Triennial report on the lunatic asylums in the province of Eastern Bengal and Assam - 1903-1911
Year: 1903
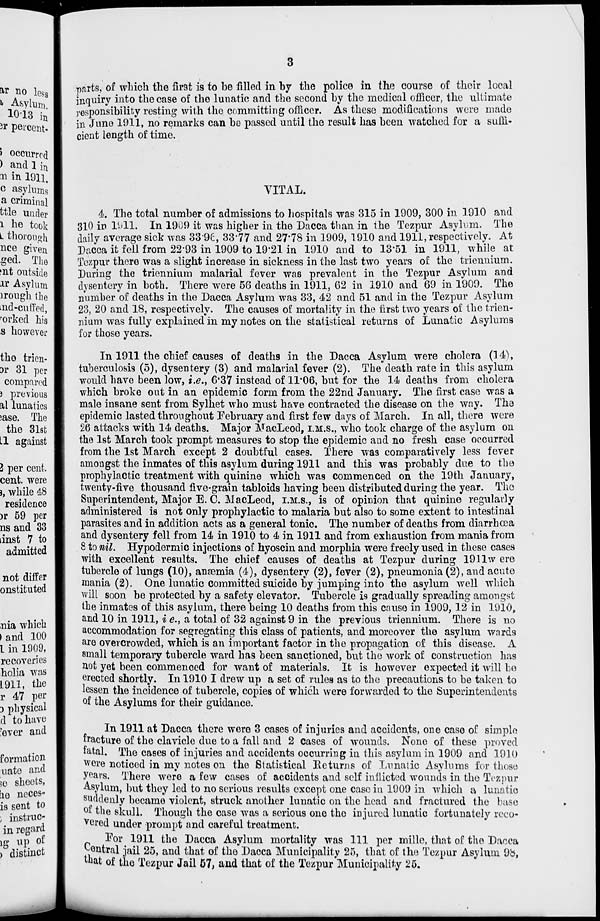
3
parts, of which the first is to be filled in by the police in the course of their local
inquiry into the case of the lunatic and the second by the medical officer, the ultimate
responsibility resting with the committing officer. As these modifications were made
in June 1911, no remarks can be passed until the result has been watched for a suffi-
cient length of time.
VITAL.
4. The total number of admissions to hospitals was 315 in 1909, 300 in 1910 and
310 in 1911. In 1909 it was higher in the Dacca than in the Tezpur Asylum. The
daily average sick was 33.96, 33.77 and 27.78 in 1909, 1910 and 1911, respectively. At
Dacca it fell from 22.93 in 1909 to 19.21 in 1910 and to 13.51 in 1911, while at
Tezpur there was a slight increase in sickness in the last two years of the triennium.
During the triennium malarial fever was prevalent in the Tezpur Asylum and
dysentery in both. There were 56 deaths in 1911, 62 in 1910 and 69 in 1909. The
number of deaths in the Dacca Asylum was 33, 42 and 51 and in the Tezpur Asylum
23, 20 and 18, respectively. The causes of mortality in the first two years of the trien-
nium was fully explained in my notes on the statistical returns of Lunatic Asylums
for those years.
In 1911 the chief causes of deaths in the Dacca Asylum were cholera (14),
tuberculosis (5), dysentery (3) and malarial fever (2). The death rate in this asylum
would have been low, i.e., 6.37 instead of 11.06, but for the 14 deaths from cholera
which broke out in an epidemic form from the 22nd January. The first case was a
male insane sent from Sylhet who must have contracted the disease on the way. The
epidemic lasted throughout February and first few days of March. In all, there were
26 attacks with 14 deaths. Major MacLeod, I.M.S., who took charge of the asylum on
the 1st March took prompt measures to stop the epidemic and no fresh case occurred
from the 1st March except 2 doubtful cases. There was comparatively less fever
amongst the inmates of this asylum during 1911 and this was probably due to the
prophylactic treatment with quinine which was commenced on the 19th January,
twenty-five thousand five-grain tabloids having been distributed during the year. The
Superintendent, Major E. C. MacLeod, I.M.S., is of opinion that quinine regularly
administered is not only prophylactic to malaria but also to some extent to intestinal
parasites and in addition acts as a general tonic. The number of deaths from diarrhœa
and dysentery fell from 14 in 1910 to 4 in 1911 and from exhaustion from mania from
8 to nil. Hypodermic injections of hyoscin and morphia were freely used in these cases
with excellent results. The chief causes of deaths at Tezpur during 1911 were
tubercle of lungs (10), anæmia (4), dysentery (2), fever (2), pneumonia (2), and acute
mania (2). One lunatic committed suicide by jumping into the asylum well which
will soon be protected by a safety elevator. Tubercle is gradually spreading amongst
the inmates of this asylum, there being 10 deaths from this cause in 1909, 12 in 1910,
and 10 in 1911, i e., a total of 32 against 9 in the previous triennium. There is no
accommodation for segregating this class of patients, and moreover the asylum wards
are overcrowded, which is an important factor in the propagation of this disease. A
small temporary tubercle ward has been sanctioned, but the work of construction has
not yet been commenced for want of materials. It is however expected it will be
erected shortly. In 1910 I drew up a set of rules as to the precautions to be taken to
lessen the incidence of tubercle, copies of which were forwarded to the Superintendents
of the Asylums for their guidance.
In 1911 at Dacca there were 3 cases of injuries and accidents, one case of simple
fracture of the clavicle due to a fall and 2 cases of wounds. None of these proved
fatal. The cases of injuries and accidents occurring in this asylum in 1909 and 1910
were noticed in my notes on the Statistical Returns of Lunatic Asylums for those
years. There were a few cases of accidents and self inflicted wounds in the Tezpur
Asylum, but they led to no serious results except one case in 1909 in which a lunatic
suddenly became violent, struck another lunatic on the head and fractured the base
of the skull. Though the case was a serious one the injured lunatic fortunately reco-
vered under prompt and careful treatment.
For 1911 the Dacca Asylum mortality was 111 per mille, that of the Dacca
Central jail 25, and that of the Dacca Municipality 25, that of the Tezpur Asylum 98,
that of the Tezpur Jail 57, and that of the Tezpur Municipality 25.